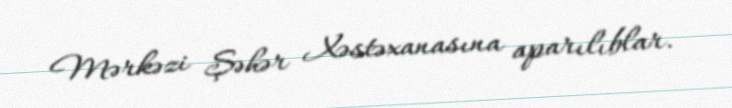
Mərkəzi Şəhər Xəstəxanasına aparılıblar.